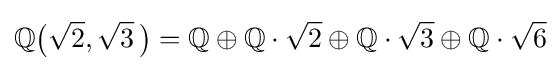
\mathbb {Q} {\bigl (}{\sqrt {2}},{\sqrt {3}}~\!{\bigr )}=\mathbb {Q} \oplus \mathbb {Q} \cdot {\sqrt {2}}\oplus \mathbb {Q} \cdot {\sqrt {3}}\oplus \mathbb {Q} \cdot {\sqrt {6}}